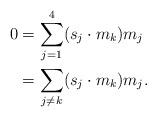
LaTeX: \begin{align*}0 &= \sum_{j=1}^4 (s_j\cdot m_k) m_j \\&= \sum_{j\neq k} (s_j\cdot m_k) m_j.\end{align*}